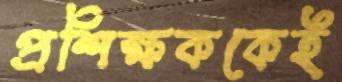
প্রশিক্ষককেই